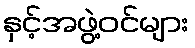
နှင့်အဖွဲ့ဝင်များ